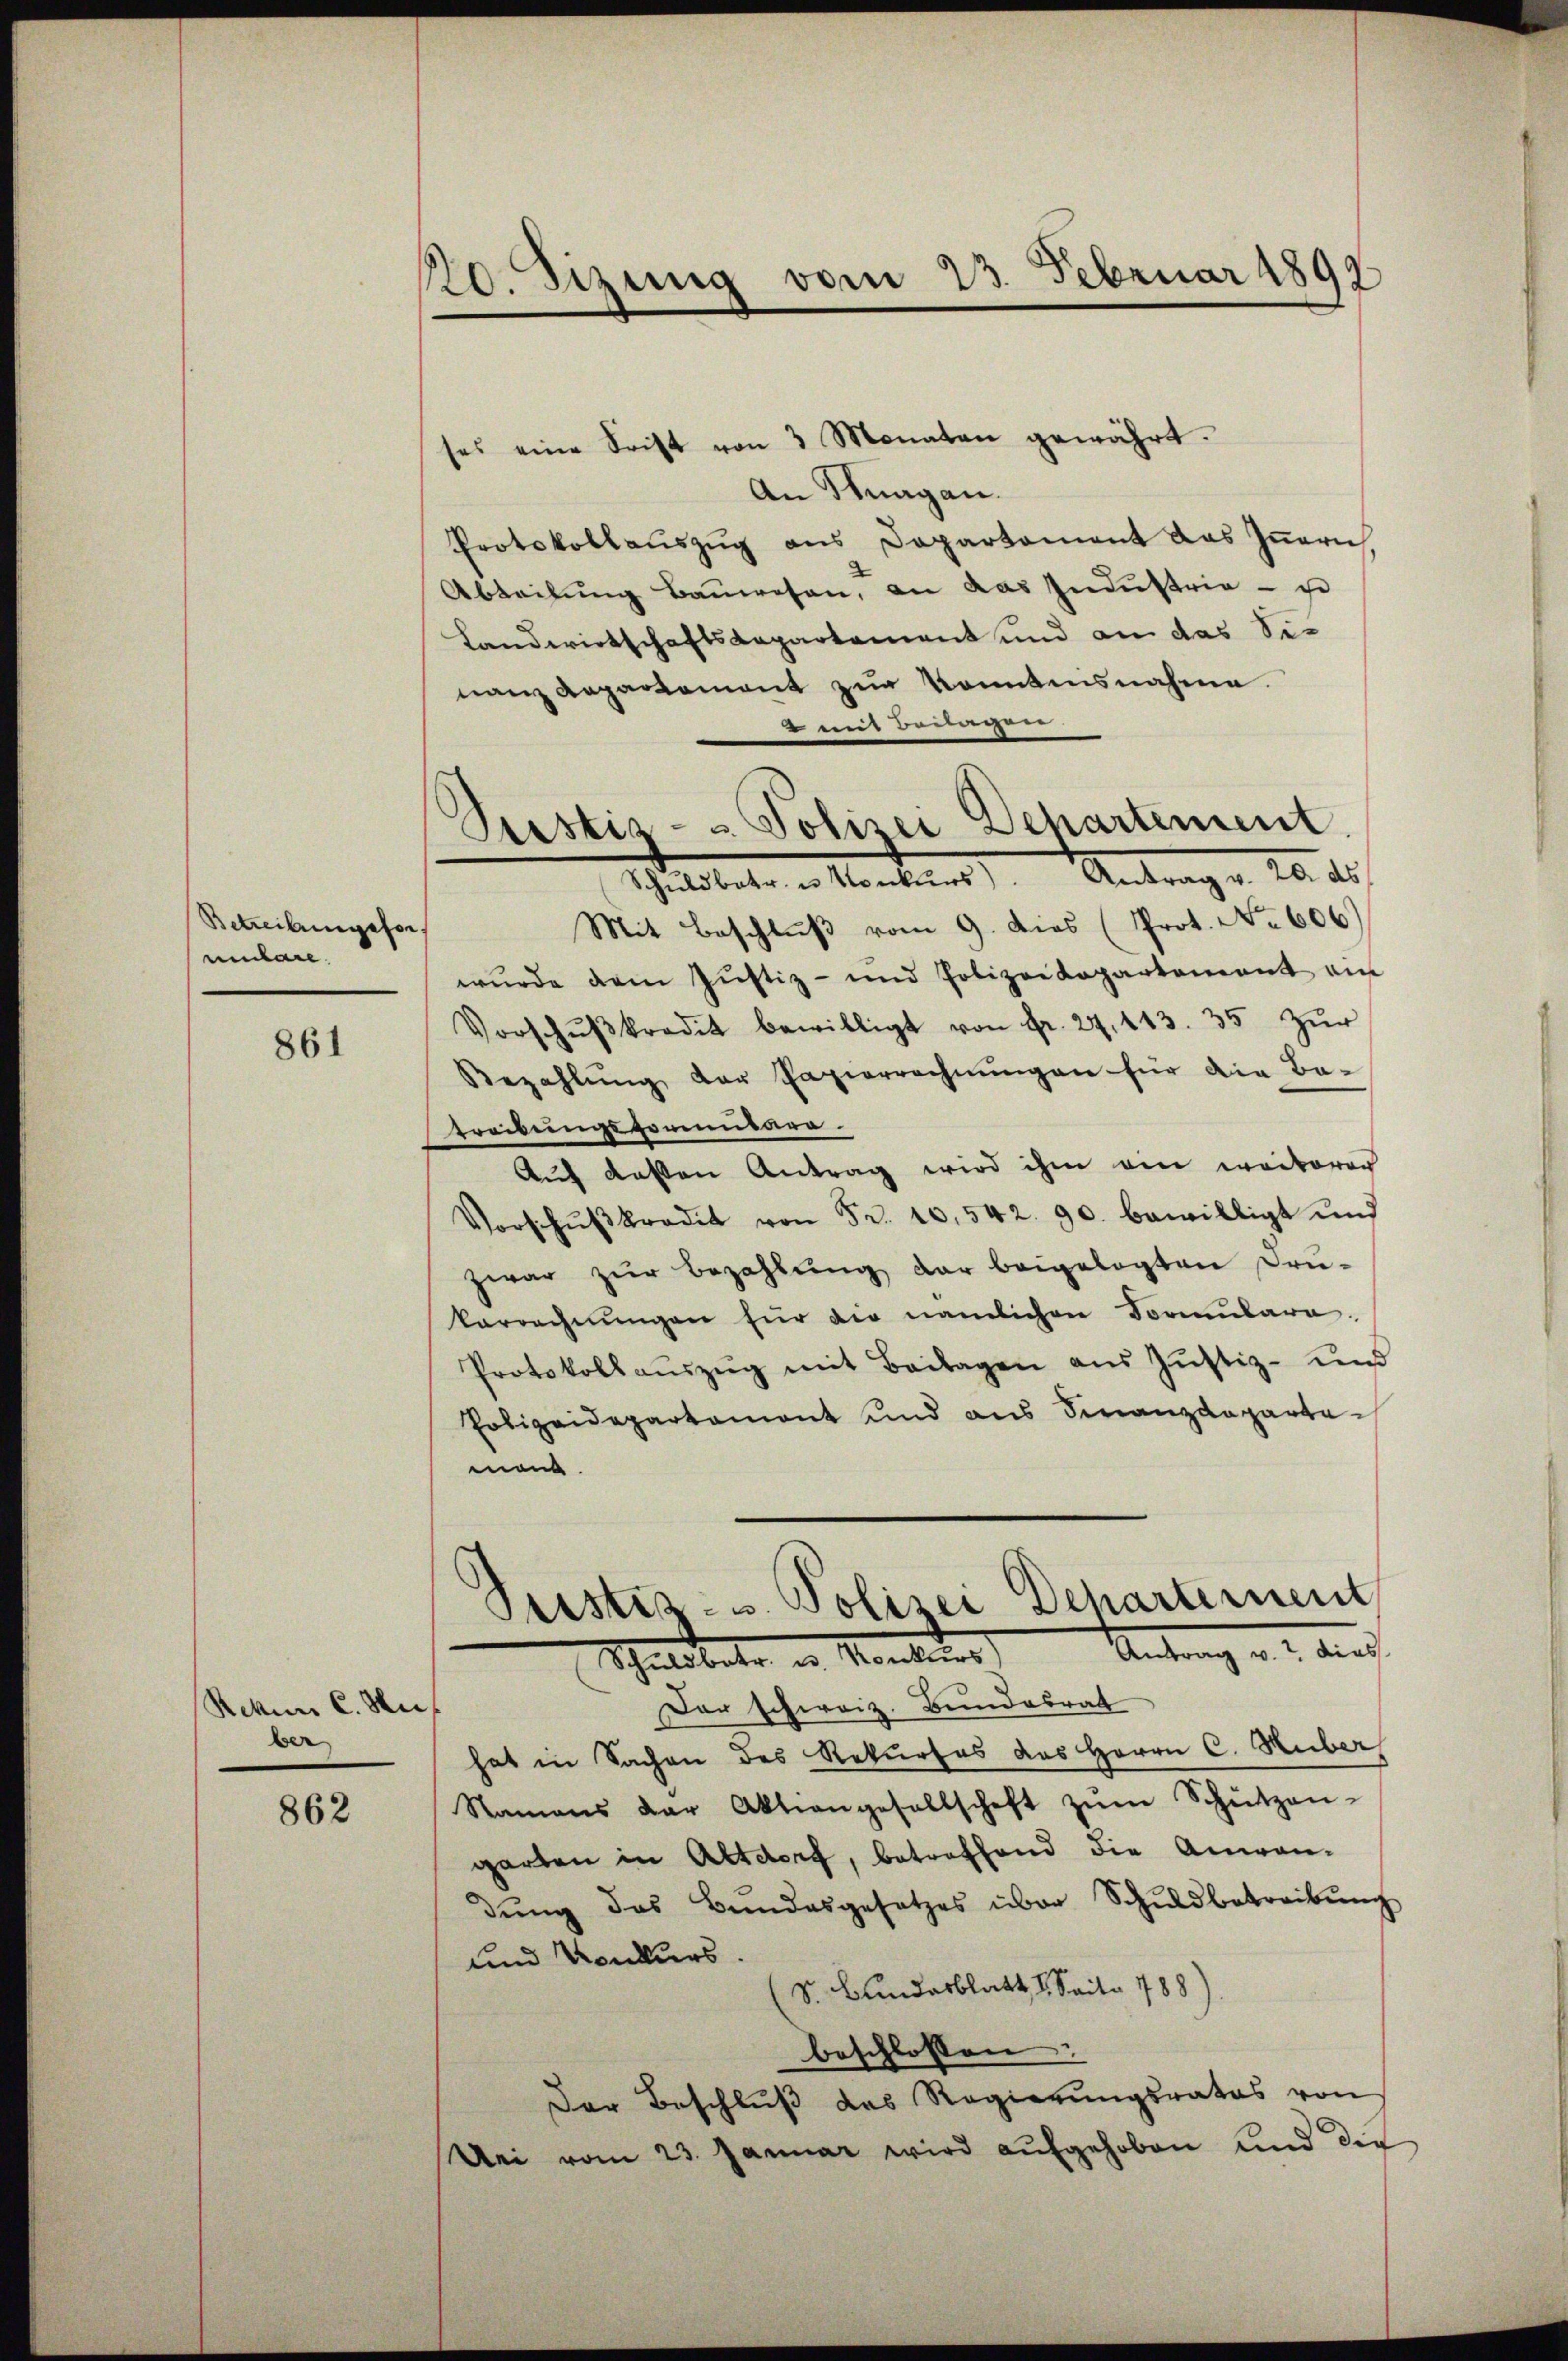
Betreibungefor
mulare.

861

Rekurs C. Mi
ber

862

0.sizung vom 23. Februar 1897

ses eine Frist von 3 Monaten gewährt.
An Stuargau.
Protokollauszug aus Departement das Innern
Abteilung Bauwesen, an das Industria - so
Landwirtschaftskapartement und an das Sinanz Repartement zur konntensnahme.
2 mit Beilagen
.
wurde dem Justiz- und Polizeikopartement ein
Vorschŭβkredit bewilligt von Fr. 27, 443. 35 Zŭr
Bezahlŭng der Papierrechnŭngen für die Be-
treckungsformitara
Auf dassen Antrag wird ihm am weiterec
Vorschŭβkredit von Fr. 10,542. 90. bewilligt und
zwar zŭr Bezahlŭng der beigelegten Prü-
karrechnŭngen für die nämlichen Formŭlara.
Protokollaŭszŭg mit Beilagen aŭs Jŭstiz- und
Polizeidepartement und aus Finanzdeparte
mann.
Peistiz- u. Polizei Departernent
Antrag v. 2. Auch
Schuldbetr. u. Konkurs
Der schweiz. Bundesrat
hat in Sachen des Rekurses das Herrn C. Huber
Namens der Aktiengesellschaft zŭm Schützen-
garten in Altdorf, betreffend die Anwan-
dŭng das Bundesgesetzes über Schuldbetreibung
und Konkurs.
(S. Bundesblatt 1. Seite 788).
beschlossen
Der Beschlŭβ das Regierŭngsrates von
Dei vom 23. Januar wird aŭfgehoben und die

Pestiz- & Polizei Departement.
Schŭldbetr. u. Konkŭrs). Antrag v. 20. ds.
Mit Beschluß vom 9. dies (Prot. No. 606)